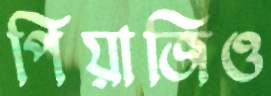
পিয়াজিও